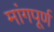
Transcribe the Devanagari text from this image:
मांगपूर्ण